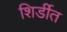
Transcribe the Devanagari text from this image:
शिर्डीत